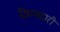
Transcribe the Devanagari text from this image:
ज़िम्मदारी